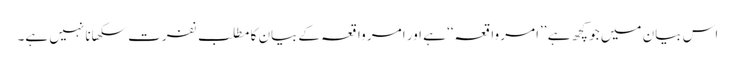
اس بیان میں جو کچھ ہے ’’امر واقعہ‘‘ ہے اور امر واقعہ کےبیان کا مطلب نفرت سکھانا نہیں ہے۔